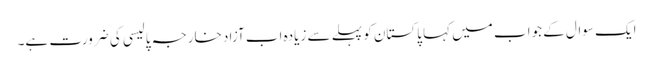
ایک سوال کے جواب میں کہا پاکستان کو پہلے سے زیادہ اب آزاد خارجہ پالیسی کی ضرورت ہے۔